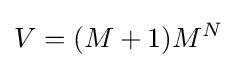
V=(M+1)M^{N}